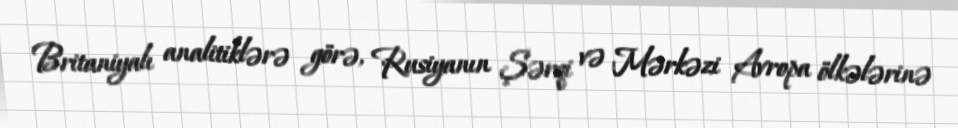
Britaniyalı analitiklərə görə, Rusiyanın Şərqi və Mərkəzi Avropa ölkələrinə